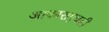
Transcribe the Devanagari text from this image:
आकाराएवढी